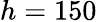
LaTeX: h=150